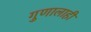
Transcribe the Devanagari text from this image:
गुणालाही